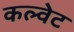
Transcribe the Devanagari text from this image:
कल्वेट